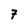
Character: 7